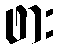
ဖား